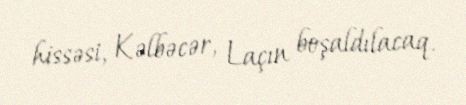
hissəsi, Kəlbəcər, Laçın boşaldılacaq.